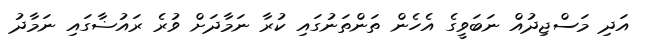
އަދި މަސްޖިދުއް ނަބަވީގެ އެހެން ތަންތަނުގައި ކުރާ ނަމާދަށް ވުރެ ރައުޟާގައި ނަމާދު